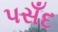
પસઁદ